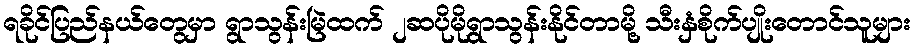
ရခိုင်ပြည်နယ်တွေမှာ ရွာသွန်းမြဲထက် ၂ဆပိုမိုရွာသွန်းနိုင်တာမို့ သီးနှံစိုက်ပျိုးတောင်သူများ